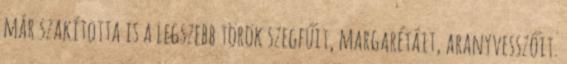
már szakította is a legszebb török szegfűit, margarétáit, aranyvesszőit.